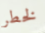
لخطر